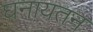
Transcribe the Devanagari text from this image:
घनायतन